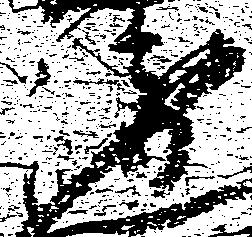
衛